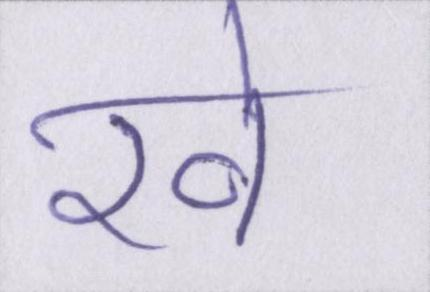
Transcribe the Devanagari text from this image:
रवे